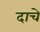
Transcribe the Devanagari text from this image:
दाचे